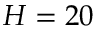
H = 2 0